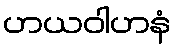
ဟယဝါဟနံ